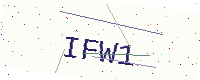
Text: IFW1